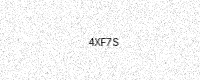
Text: 4XF7S